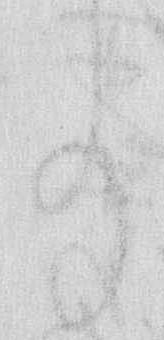
事